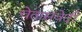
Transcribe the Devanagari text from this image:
चेतासंवेदी